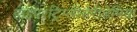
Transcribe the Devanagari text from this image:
हाइपरट्रिग्लीसेरीडेमिया